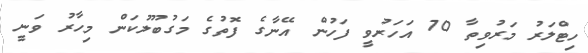
ހިޓްލަރު މަރުވިތާ 70 އަހަރުވީ ފަހުން އޭނާގެ ފޮތުގެ މަގުބޫލުކަން މިހާރު ވަނީ